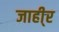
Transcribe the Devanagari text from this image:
जाही्र